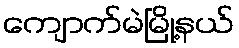
ကျောက်မဲမြို့နယ်